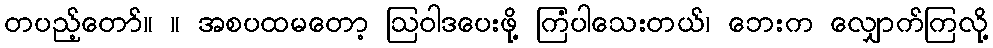
တပည့်တော်။ ။ အစပထမတော့ ဩဝါဒပေးဖို့ ကြံပါသေးတယ်၊ ဘေးက လျှောက်ကြလို့